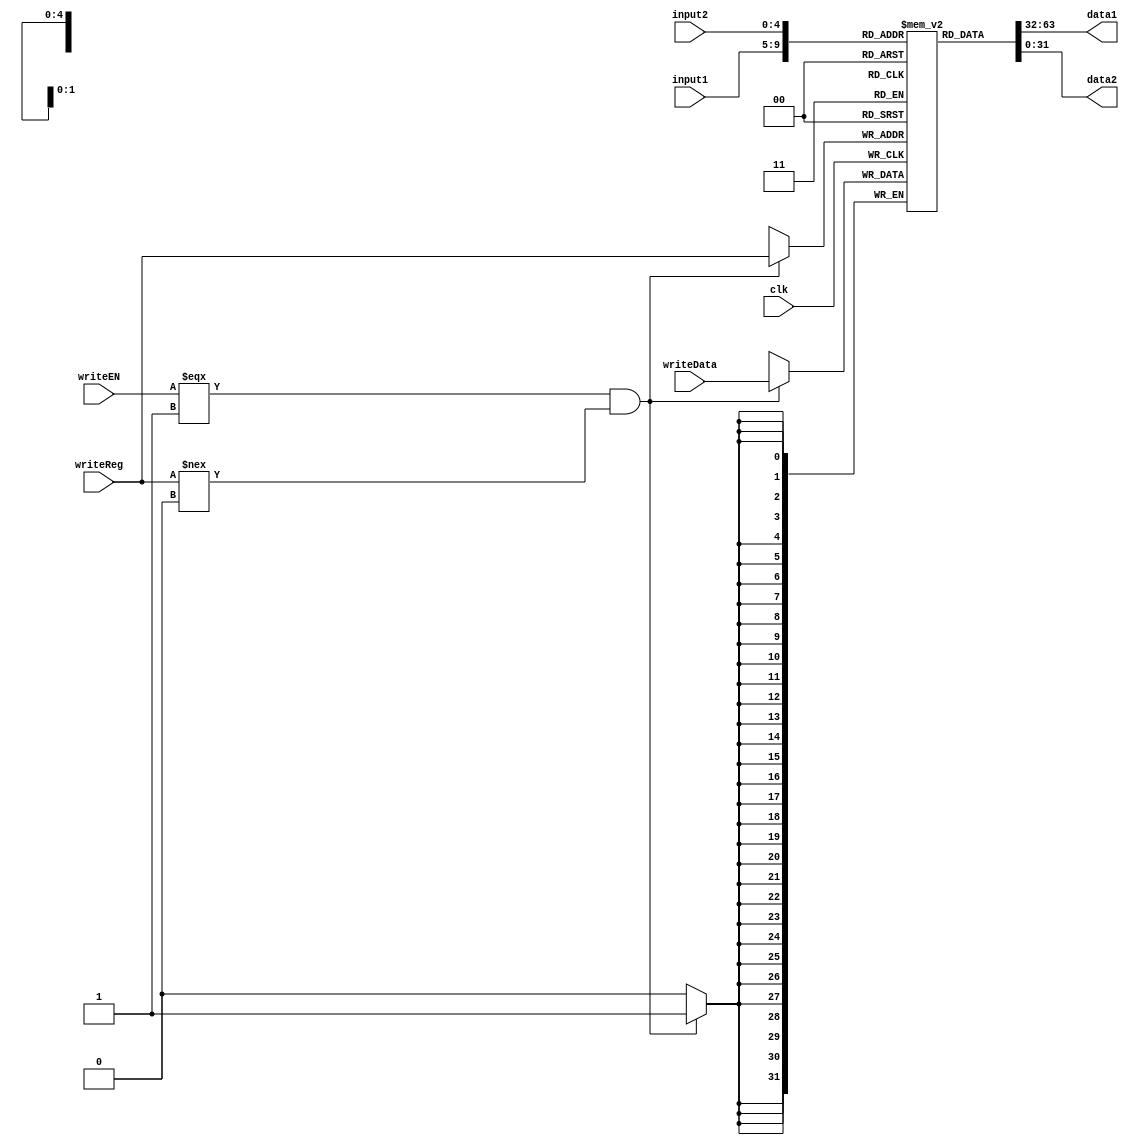
// Module name: regfile
// Module Desc: 32 32-bit registers for RISC processor
//		two asynchronous read ports, one synchronous write port
// Inputs: 
//		input1 - 5 bit index for read port 1
//		input2 - 5 bit index for read port 2
//		writeReg - 5 bit index for write port
//		writeEN - bit enabling write on clock edge
//		writeData - 32-bit data for write port
//		clk	- clock for writing to register file
// Outputs: 
//		data1 - 32-bit output port 1
//		data2 - 32-bit output port 2
// Internal parameters:
//		none
// Notes: The write port stores data on the positive clock edge.
//			To more accurately mimic the MIPS, register 0 is hard-wired to 0


module regfile(
	input1,
	input2,
	writeReg,
	writeEN,
	clk,
	writeData,
	data1,
	data2
);

// inputs and outputs are decribed in the header comment
input [4:0] input1;
input [4:0] input2;
input writeEN;
input clk;
input [4:0] writeReg;
input [31:0] writeData;
output [31:0] data1;
output [31:0] data2;

wire [4:0] input1;
wire [4:0] writeReg;
wire [4:0] input2;
wire writeEN;
wire clk;
wire [31:0] writeData;
reg [31:0] data1;
reg [31:0] data2;

reg [31:0] registers[31:0];

initial begin  // hard-wire register 0 to 0
 registers[0] = 32'h0000_0000;
end

// write to a register if write is enabled on a positive clock edge
always @(posedge clk)
	begin
		if (writeEN === 1 & writeReg !== 5'b00000)
			registers[writeReg] = writeData;	
	end

// asynchronously output two registers 
always @(input1)
begin
	data1 = registers[input1];
	data2 = registers[input2];
end

endmodule